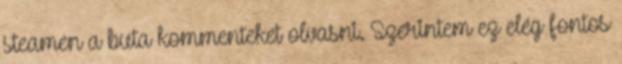
steamen a buta kommenteket olvasni. Szerintem ez elég fontos